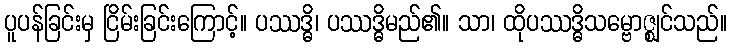
ပူပန်ခြင်းမှ ငြိမ်းခြင်းကြောင့်။ ပဿဒ္ဓိ၊ ပဿဒ္ဓိမည်၏။ သာ၊ ထိုပဿဒ္ဓိသမ္ဗောဇ္ဈင်သည်။